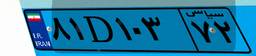
۶۳D۶۱۵۷۹